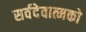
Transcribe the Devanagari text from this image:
सर्वदेवात्मको